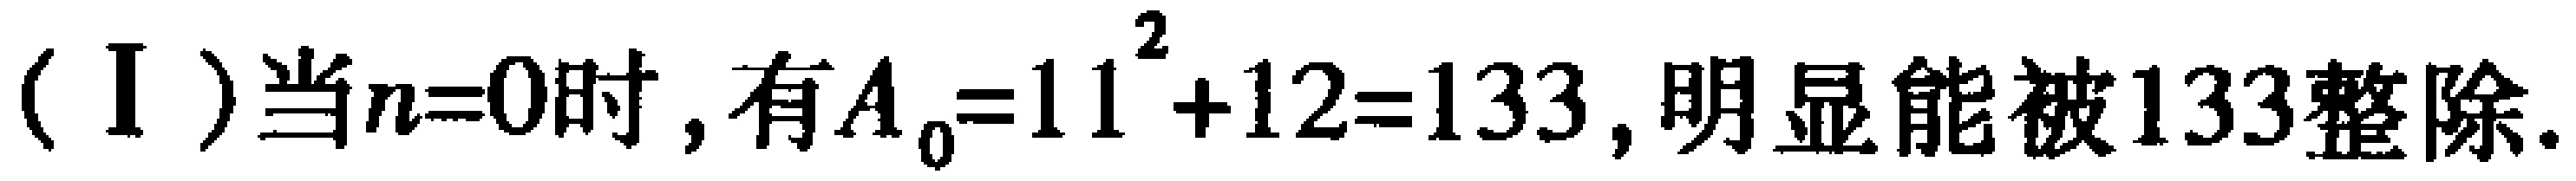
（Ⅰ）当\(n = 0\)时，有\(A_{0}=11^{2}+12 = 133\)，明显能被\(133\)整除.